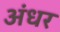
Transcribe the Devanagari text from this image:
अंधर